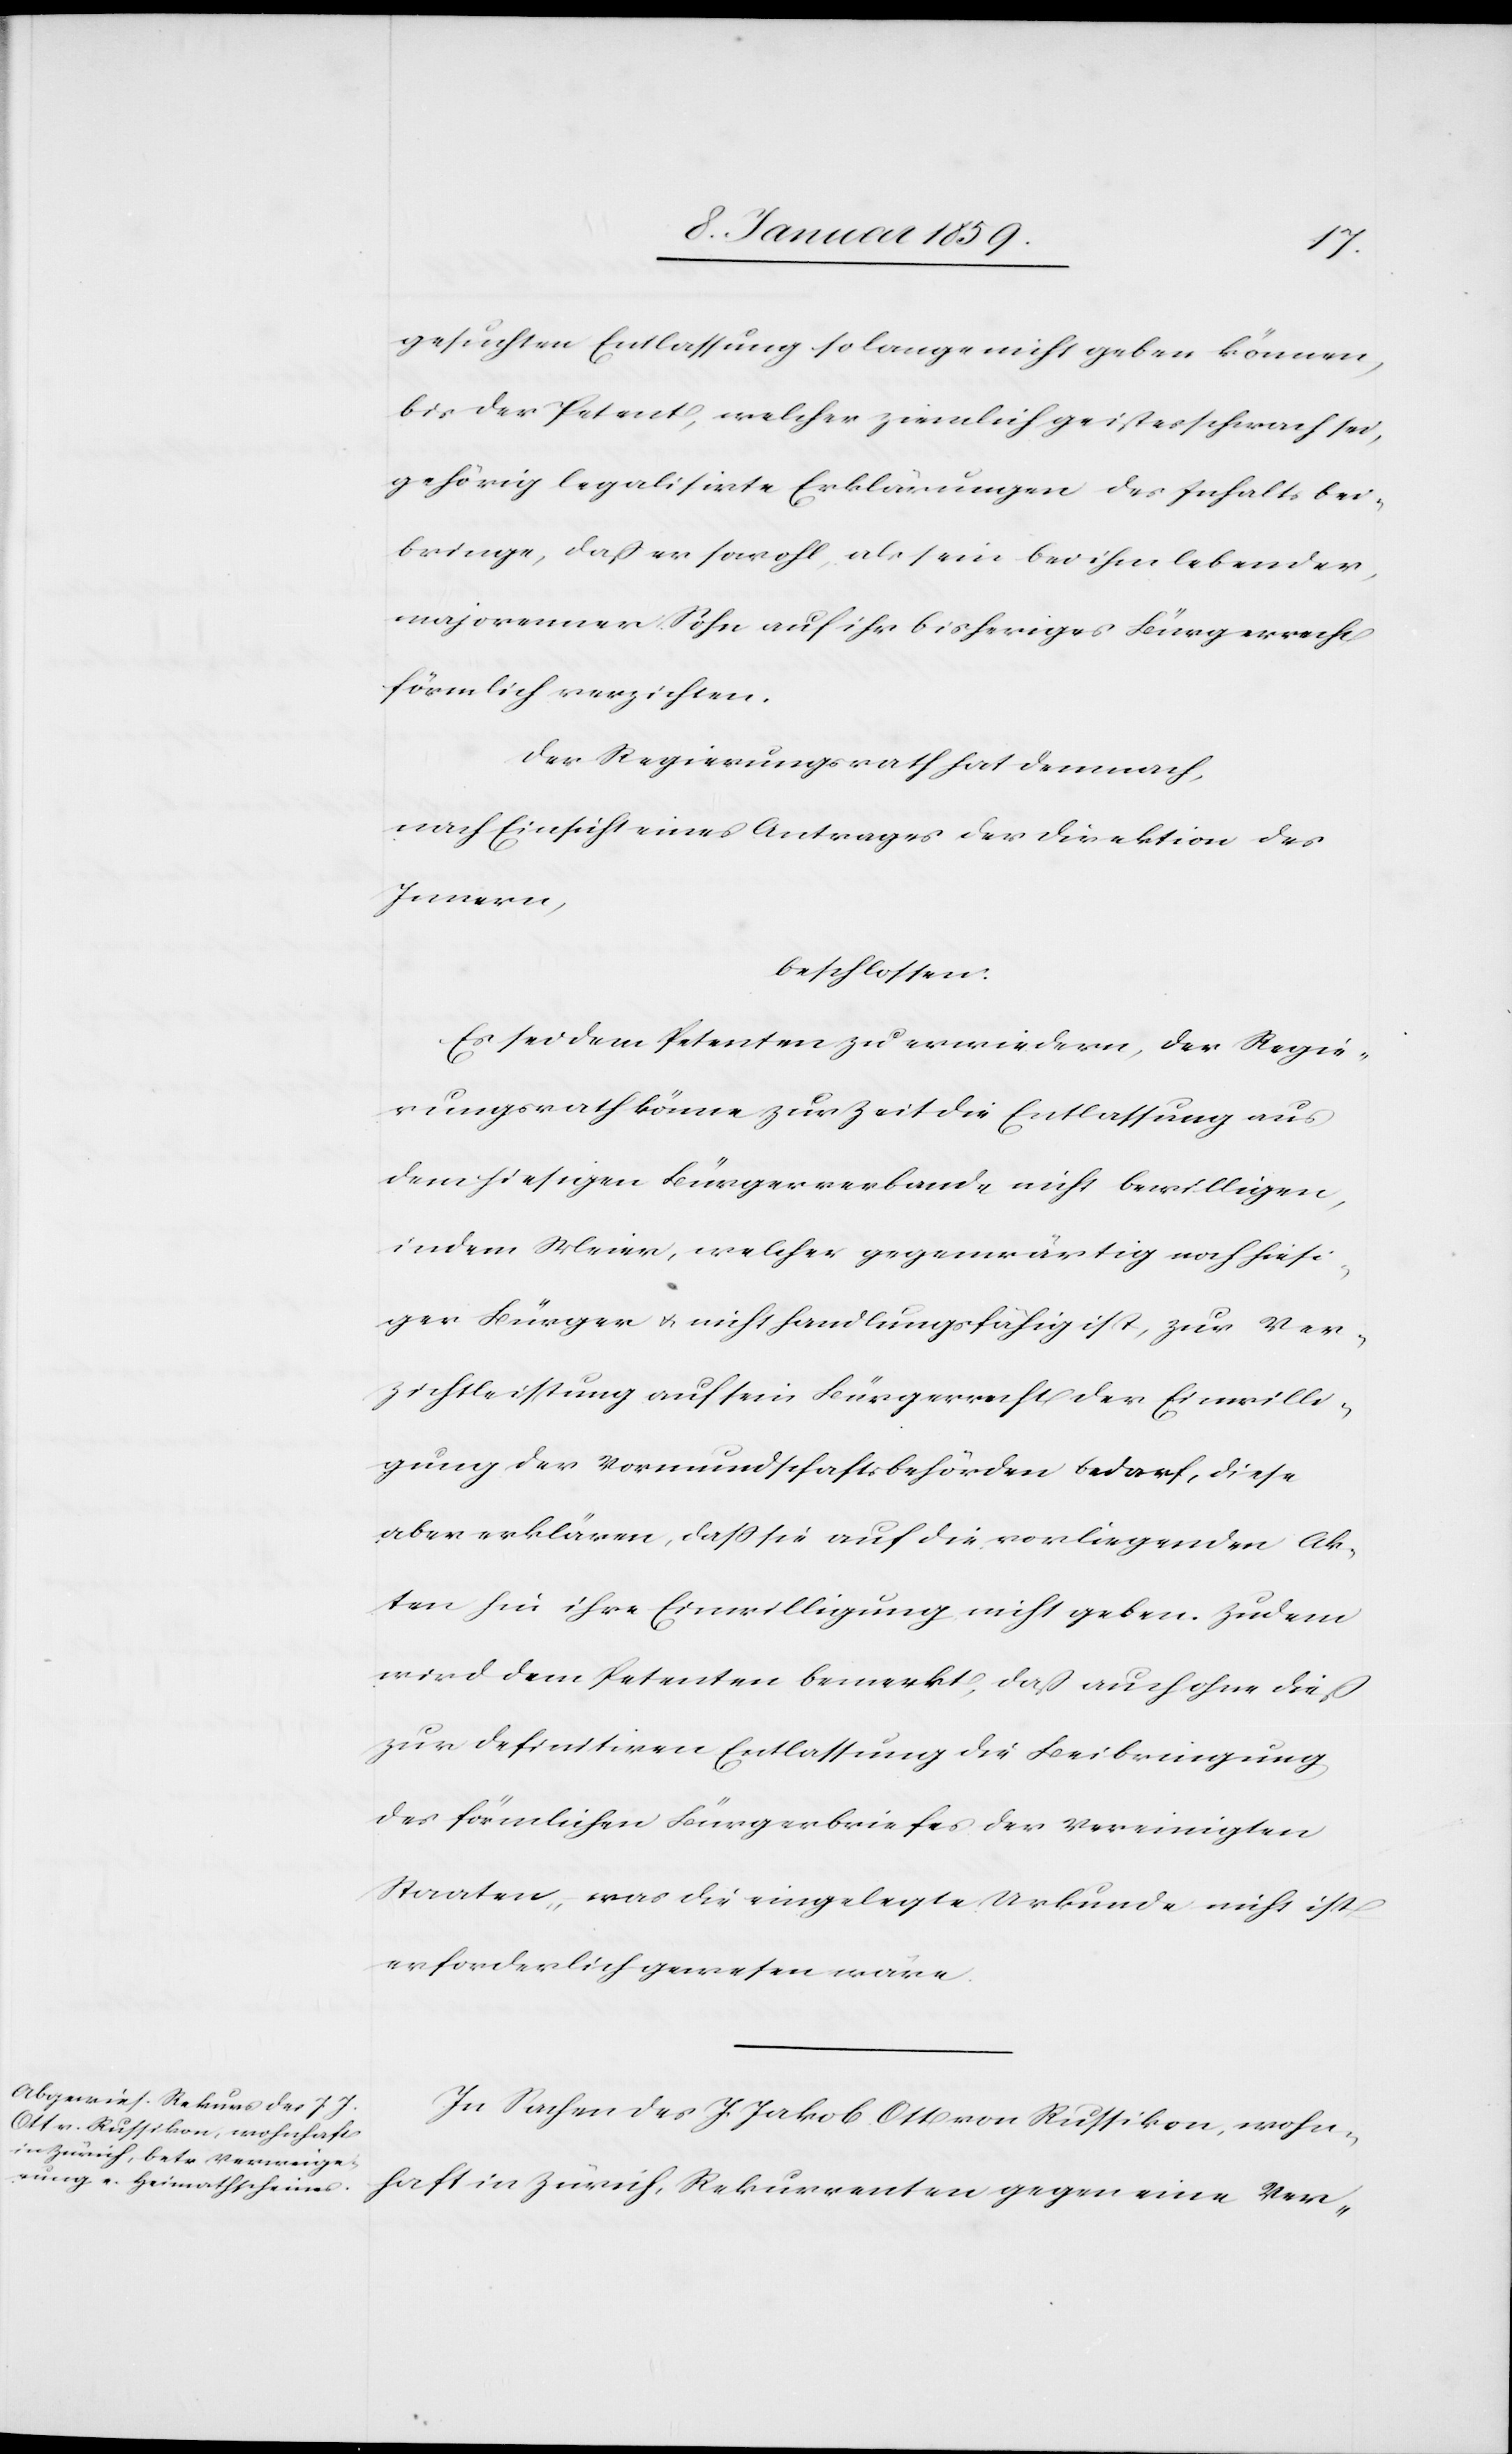
gesuchten Entlassung solange nicht geben können,
bis der Petent, welcher ziemlich geistesschwach sei,
gehörig legalisirte Erklärungen des Inhalts bei¬
bringe, daß er sowohl, als sein bei ihm lebender,
majorenner Sohn auf ihr bisheriges Bürgerrecht
förmlich verzichten.
Der Regierungsrath hat demnach,
nach Einsicht eines Antrages der Direktion des
Innern,
beschlossen:
Es sei dem Petenten zu erwiedern, der Regie¬
rungsrath könne zur Zeit die Entlassung aus
dem hiesigen Bürgerverbande nicht bewilligen,
indem Meier [sic!], welcher gegenwärtig noch hiesi¬
ger Bürger u. nicht handlungsfähig ist, zur Ver¬
zichtleistung auf sein Bürgerrecht der Einwilli¬
gung der Vormundschaftsbehörden bedarf, diese
aber erklären, daß sie auf die vorliegenden Ak¬
ten hin ihre Einwilligung nicht geben. Zudem
wird dem Petenten bemerkt, daß auch ohne dieß
zur definitiven Entlassung die Beibringung
der förmlichen Bürgerbriefe der Vereinigten
Staaten, – was die eingelegte Urkunde nicht ist
erforderlich gewesen wäre.
In Sachen des J. Jakob Ott von Russikon, wohn¬
haft in Zürich, Rekurrenten gegen eine Ver-